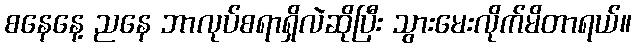
စနေနေ့ ညနေ ဘာလုပ်စရာရှိလဲဆိုပြီး သွားမေးလိုက်မိတာရယ်။